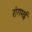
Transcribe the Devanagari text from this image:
रांगमई